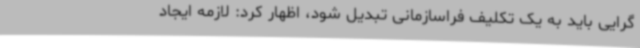
گرایی باید به یک تکلیف فراسازمانی تبدیل شود، اظهار کرد: لازمه ایجاد